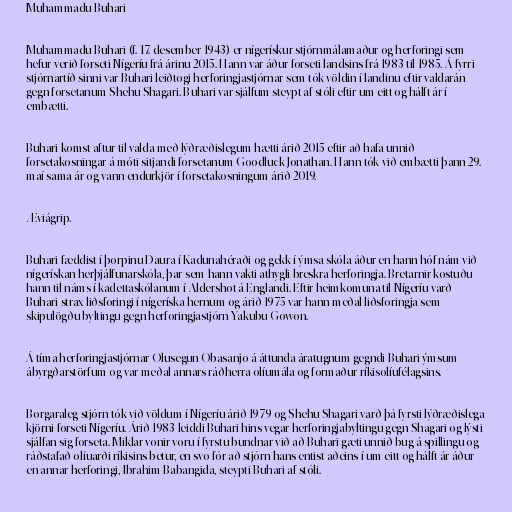
Muhammadu Buhari

Muhammadu Buhari (f. 17. desember 1943) er nígerískur stjórnmálamaður og herforingi sem
hefur verið forseti Nígeríu frá árinu 2015. Hann var áður forseti landsins frá 1983 til 1985. Á fyrri
stjórnartíð sinni var Buhari leiðtogi herforingjastjórnar sem tók völdin í landinu eftir valdarán
gegn forsetanum Shehu Shagari. Buhari var sjálfum steypt af stóli eftir um eitt og hálft ár í
embætti.

Buhari komst aftur til valda með lýðræðislegum hætti árið 2015 eftir að hafa unnið
forsetakosningar á móti sitjandi forsetanum Goodluck Jonathan. Hann tók við embætti þann 29.
maí sama ár og vann endurkjör í forsetakosningum árið 2019.

Æviágrip.

Buhari fæddist í þorpinu Daura í Kadunahéraði og gekk í ýmsa skóla áður en hann hóf nám við
nígerískan herþjálfunarskóla, þar sem hann vakti athygli breskra herforingja. Bretarnir kostuðu
hann til náms í kadettaskólanum í Aldershot á Englandi. Eftir heimkomuna til Nígeríu varð
Buhari strax liðsforingi í nígeríska hernum og árið 1975 var hann meðal liðsforingja sem
skipulögðu byltingu gegn herforingjastjórn Yakubu Gowon.

Á tíma herforingjastjórnar Olusegun Obasanjo á áttunda áratugnum gegndi Buhari ýmsum
ábyrgðarstörfum og var meðal annars ráðherra olíumála og formaður ríkisolíufélagsins.

Borgaraleg stjórn tók við völdum í Nígeríu árið 1979 og Shehu Shagari varð þá fyrsti lýðræðislega
kjörni forseti Nígeríu. Árið 1983 leiddi Buhari hins vegar herforingjabyltingu gegn Shagari og lýsti
sjálfan sig forseta. Miklar vonir voru í fyrstu bundnar við að Buhari gæti unnið bug á spillingu og
ráðstafað olíuarði ríkisins betur, en svo fór að stjórn hans entist aðeins í um eitt og hálft ár áður
en annar herforingi, Ibrahim Babangida, steypti Buhari af stóli.